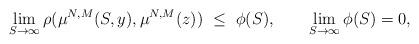
LaTeX: \begin{align*}\lim_{S\rightarrow\infty}\rho(\mu^{N,M} (S,y), \mu^{N,M}(z))\ \leq \ \phi(S), \ \ \ \ \ \ \lim_{S\rightarrow\infty}{\phi}(S)=0,\end{align*}